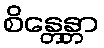
စိန္တေန္တာ